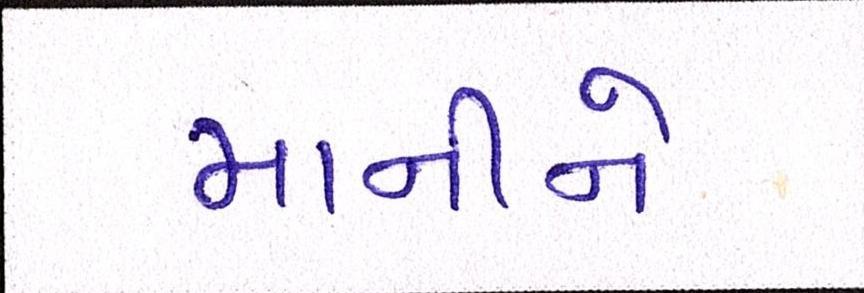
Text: માનીને